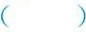
（ ）